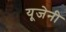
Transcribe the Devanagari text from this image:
यूजेनी